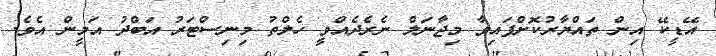
އޭޑީކޭ އިން ތައްޔާރުކޮށްފައިވާ މިޖާނަލް ނެރެދެއްވީ ހެލްތު މިނިސްޓަރު އަބްދު އަމީން އެވެ.